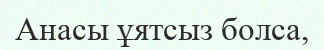
Анасы ұятсыз болса,